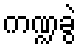
ကဏ္ဍခွဲ